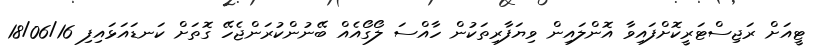
ޓީއަށް ރަޖިސްޓަރީކޮށްފައިވާ އޮންލައިން ވިޔަފާރިތަކުން ހާއްސަ ލޯގޯއެއް ބޭނުންކުރަންޖެހޭ ގޮތަށް ކަނޑައަޅައިފި 18/06/16